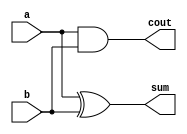
// Design for a half-adder
module ha ( input   a, b,
            output  sum, cout);

assign sum  = a ^ b;
assign cout = a & b;
endmodule

  // A top level design that contains N instances of half adder
  module my_design
  #(parameter N=4)
  (input [N-1:0] a, b,
   output [N-1:0] sum, cout);

// Declare a temporary loop variable to be used during
// generation and won't be available during simulation
genvar i;

// Generate for loop to instantiate N times
generate
  for (i = 0; i < N; i = i + 1)
    begin
      ha u0 (a[i], b[i], sum[i], cout[i]);
    end
endgenerate
endmodule